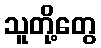
သူတို့တွေ